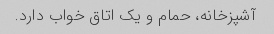
آشپزخانه، حمام و یک اتاق خواب دارد.